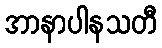
အာနာပါနသတီ